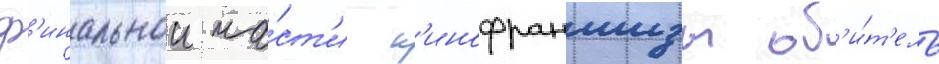
ф'инальнои ча́ст'и к'инофраншизы об'и́т'ель